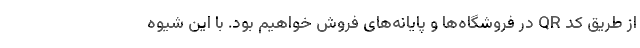
از طریق کد QR در فروشگاه‌ها و پایانه‌های فروش خواهیم بود. با این شیوه